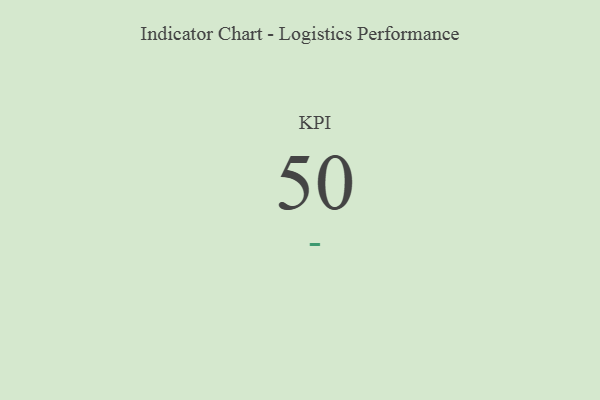
{"axis": {"x": "KPI", "y": "Value"}, "legend": [""], "data": [{"x": "KPI", "y": 50, "type": ""}]}